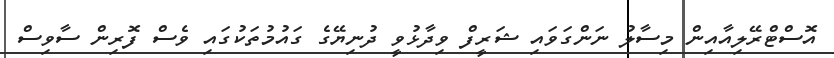
އޮސްޓްރޭލިއާއިން މިސާލު ނަންގަވައި ޝަރީފް ވިދާޅުވީ ދުނިޔޭގެ ގައުމުތަކުގައި ވެސް ފޮރިން ސާވިސް